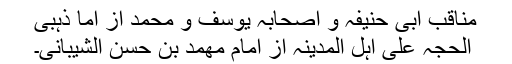
مناقب ابی حنیفہ و اصحابہ یوسف و محمد از اما ذہبی
الحجہ علی اہل المدینہ از امام مھمد بن حسن الشیبانی۔